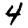
Digit: 4